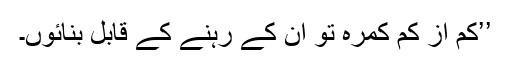
’’کم از کم کمرہ تو ان کے رہنے کے قابل بنائوں۔